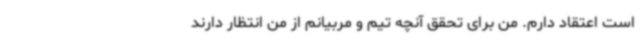
است اعتقاد دارم. من برای تحقق آنچه تیم و مربیانم از من انتظار دارند